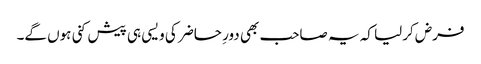
فرض کرلیا کہ یہ صاحب بھی دورِ حاضر کی ویسی ہی پیش کنی ہوں گے۔